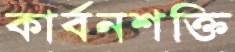
কার্বনশক্তি